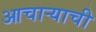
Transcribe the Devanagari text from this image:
आचार्‍याची